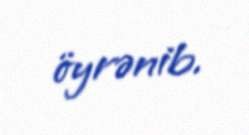
öyrənib.